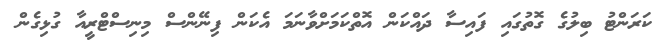
ކަރަންޓު ބިލުގެ ގޮތުގައި ފައިސާ ދައްކަން އޮތްކަމަށްވާނަމަ އެކަން ފިނޭންސް މިނިސްޓްރީއާ ގުޅިގެން